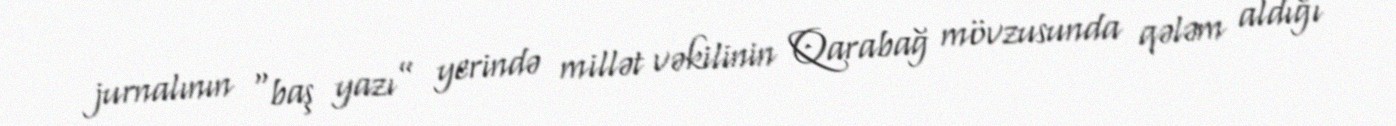
jurnalının “baş yazı” yerində millət vəkilinin Qarabağ mövzusunda qələm aldığı